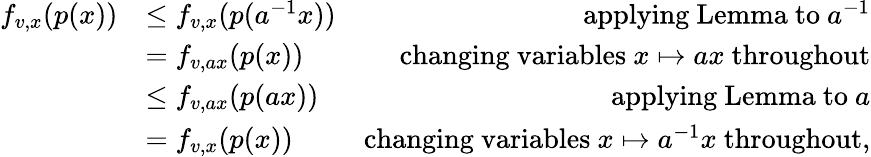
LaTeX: \begin{array}{rlr}{f_{v,x}(p(x))}&{\leq f_{v,x}(p(a^{-1}x))}&{\mathrm{applying~Lemma~to~}a^{-1}}\\ &{=f_{v,ax}(p(x))}&{\mathrm{changing~variables~}x\mapsto ax\mathrm{~throughout}}\\ &{\leq f_{v,ax}(p(ax))}&{\mathrm{applying~Lemma~to~}a}\\ &{=f_{v,x}(p(x))}&{\mathrm{changing~variables~}x\mapsto a^{-1}x\mathrm{~throughout},}\end{array}